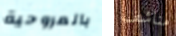
بالمروحية مناشف